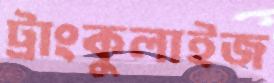
ট্রাংকুলাইজ